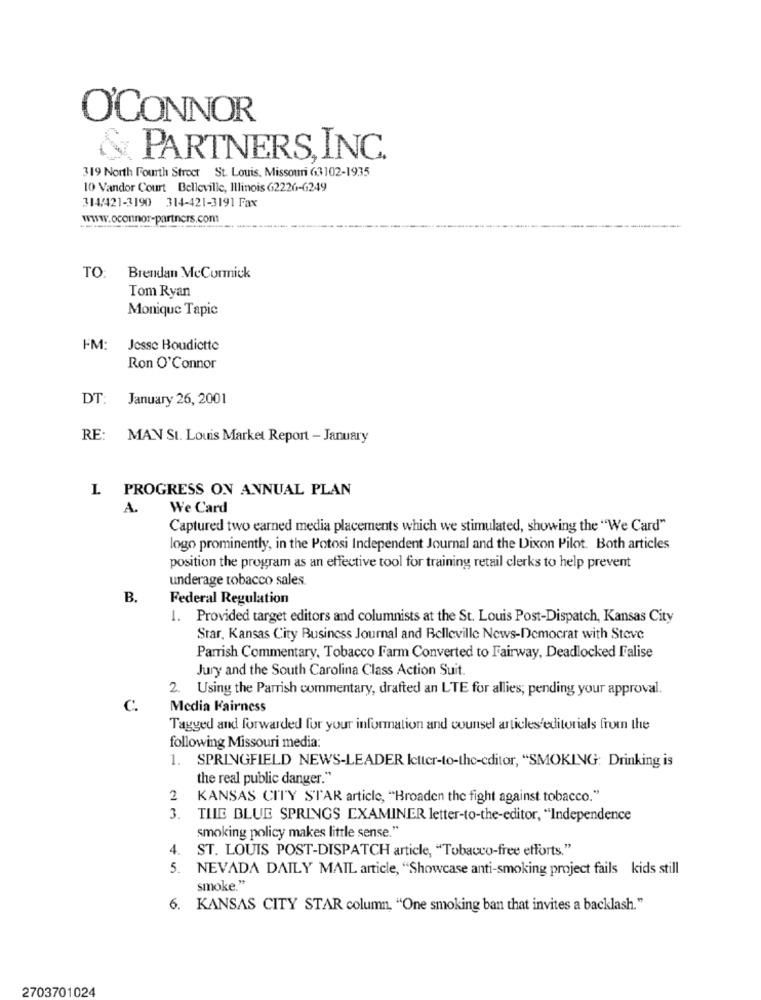
O'CONNOR
PARTNERS, INC.
319 North Fourth Strocr St. Louis, Missouri 63102-1935
10 Vandor Court Belleville, Illinois 62226-6249
314/421-3190 314-421-3191 Fax
www.oconnor-partners.com
TO: Brendan McCormick
Tom Ryan
Monique Tapic
FM:
Jesse Boudictte
Ron O'Connor
DT: January 26, 2001
RE: MAN St. Louis Market Report - January
L PROGRESS ON ANNUAL PLAN
A.
We Card
Captured two earned media placements which we stimulated, showing the "We Card"
logo prominently, in the Potosi Independent Journal and the Dixon Pilot. Both articles
position the program as an effective tool for training retail clerks to help prevent
underage tobacco sales.
B.
Federal Regulation
1. Provided target editors and columnists at the St. Louis Post-Dispatch, Kansas City
Star, Kansas City Business Journal and Belleville News-Democrat with Steve
Parrish Commentary, Tobacco Farm Converted to Fairway, Deadlocked Falise
Jury and the South Carolina Class Action Suit.
2. Using the Parrish commentary, drafted an LTE for allies; pending your approval.
C
Media Fairness
Tagged and forwarded for your information and counsel articles/editorials from the
following Missouri media:
1. SPRINGFIELD NEWS-LEADER Icttcr-to-the-editor, "SMOKING: Drinking is
the real public danger."
2 KANSAS CITY STAR article, "Broaden the fight against tobacco."
3. TILE BLUE SPRINGS EXAMINER letter-to-the-editor, "Independence
smoking policy makes little sense."
4.
ST. LOUIS POST-DISPATCH article, "Tobacco-free efforts."
5.
NEVADA DAILY MAIL article, "Showcase anti-smoking project fails kids still
smoke "
6. KANSAS CITY STAR column, "One smoking ban that invites a backlash."
2703701024